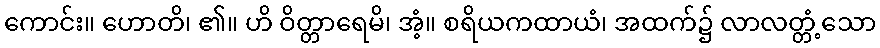
ကောင်း။ ဟောတိ၊ ၏။ ဟိ ဝိတ္တာရေမိ၊ အံ့။ စရိယကထာယံ၊ အထက်၌ လာလတ္တံ့သော